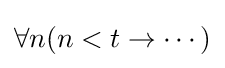
\forall n(n<t\rightarrow \cdots )